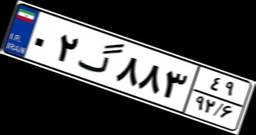
۰۲گ۸۸۳۴۹